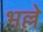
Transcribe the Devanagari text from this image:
भल्ले